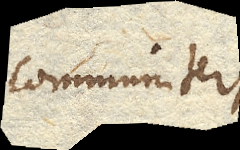
communiter